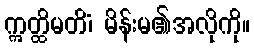
ဣတ္ထိမတိံ၊ မိန်းမ၏အလိုကို။